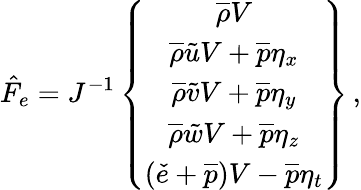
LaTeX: \hat{F}_{e}=J^{-1}\left\{ \begin{array}{c}{\overline{{\rho}}V}\\ {\overline{{\rho}}\tilde{u}V+\overline{{p}}\eta_{x}}\\ {\overline{{\rho}}\tilde{v}V+\overline{{p}}\eta_{y}}\\ {\overline{{\rho}}\tilde{w}V+\overline{{p}}\eta_{z}}\\ {\left(\check{e}+\overline{{p}}\right)V-\overline{{p}}\eta_{t}}\end{array}\right\} \, \mathrm{,}